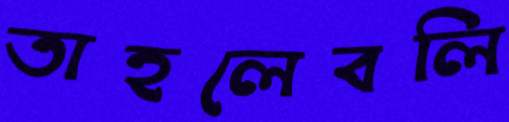
তাহলেবলি